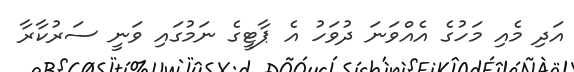
އަދި މެއި މަހުގެ އެއްވަނަ ދުވަހު އެ ޕާޓީގެ ނަމުގައި ވަނީ ސަރުކާރާ